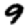
Digit: 9